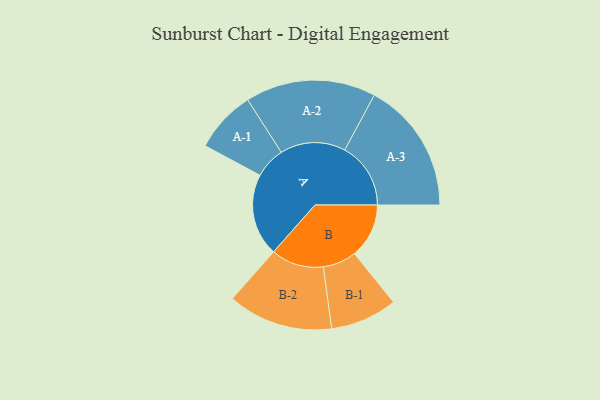
{"axis": {"x": "Segment", "y": "Value"}, "legend": ["", "A", "B"], "data": [{"x": "A", "y": 339, "type": ""}, {"x": "B", "y": 225, "type": ""}, {"x": "A-1", "y": 128, "type": "A"}, {"x": "A-2", "y": 269, "type": "A"}, {"x": "A-3", "y": 272, "type": "A"}, {"x": "B-1", "y": 138, "type": "B"}, {"x": "B-2", "y": 217, "type": "B"}]}